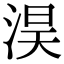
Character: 淏